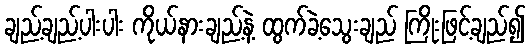
ချည့်ချည့်ပါးပါး ကိုယ်နားချည့်နဲ့ ထွက်ခဲ့သွေးချည် ကြိုးဖြင့်ချည်၍